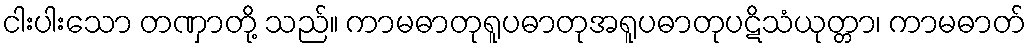
ငါးပါးသော တဏှာတို့ သည်။ ကာမဓာတုရူပဓာတုအရူပဓာတုပဋိသံယုတ္တာ၊ ကာမဓာတ်